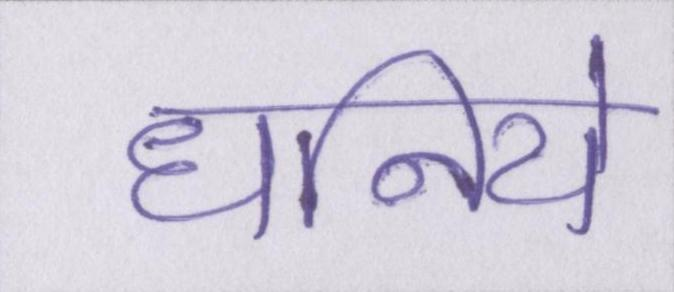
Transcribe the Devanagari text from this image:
धनिये